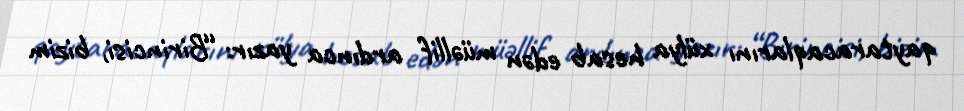
qaytaracaqlarını xülya hesab edən müəllif ardınca yazır: “Birincisi, bizim